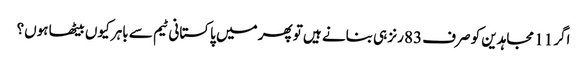
اگر 11 مجاہدین کو صرف 83 رنز ہی بنانے ہیں تو پھر میں پاکستانی ٹیم سے باہر کیوں بیٹھا ہوں؟